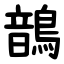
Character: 鶕